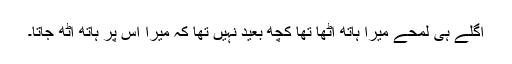
اگلے ہی لمحے میرا ہاتھ اٹھا تھا کچھ بعید نہیں تھا کہ میرا اس پر ہاتھ اٹھ جاتا۔